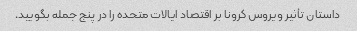
داستان تأثیر ویروس کرونا بر اقتصاد ایالات متحده را در پنج جمله بگویید.